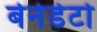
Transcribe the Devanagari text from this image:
बेनेडेटो